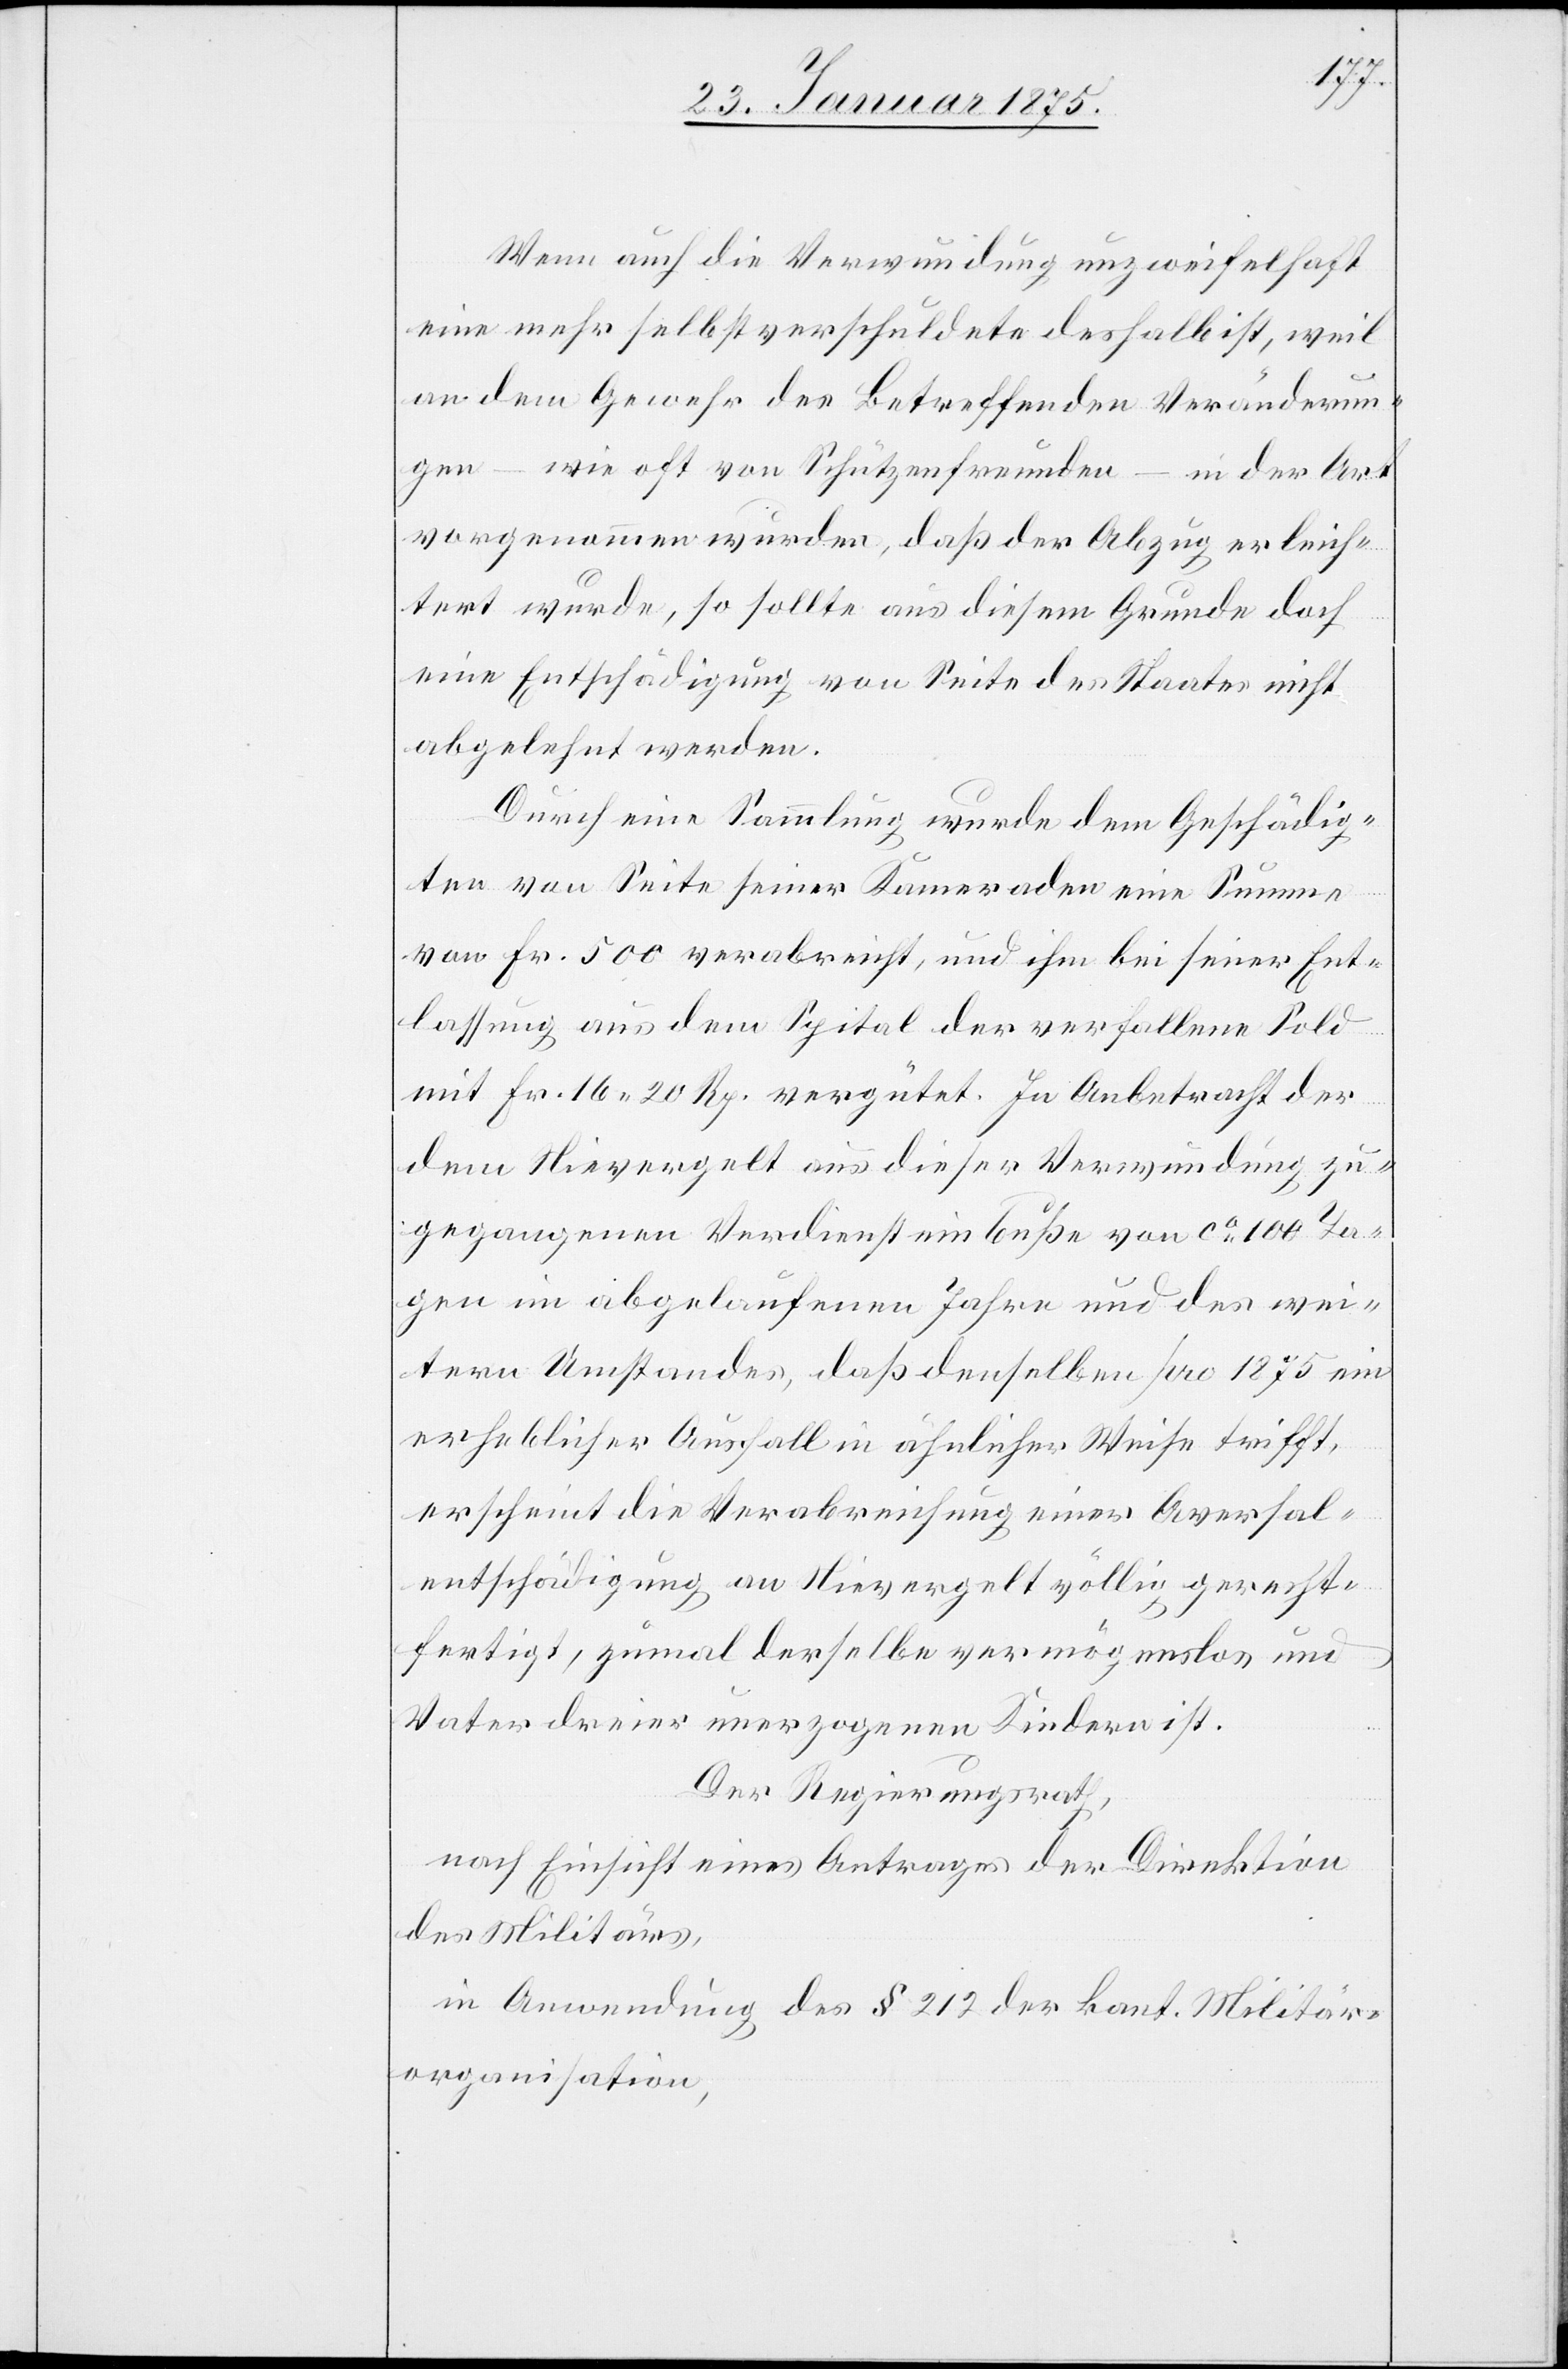
Wenn auch die Verwundung unzweifelhaft
eine mehr selbstverschuldete deshalb ist, weil
an dem Gewehr des Betreffenden Veränderun¬
gen – wie oft von Schützenfreunden – in der Art
vorgenommen wurden, daß der Abzug erleich¬
tert wurde, so sollte aus diesem Grunde doch
eine Entschädigung von Seite des Staates nicht
abgelehnt werden.
Durch eine Sammlung wurde dem Geschädig¬
ten von Seite seiner Kameraden eine Summe
von Fr. 500 verabreicht, und ihm bei seiner Ent¬
lassung aus dem Spital der verfallene Sold
mit Fr. 16. 20 Rp. vergütet. In Anbetracht der
dem Nievergelt aus dieser Verwundung zu¬
gegangenen Verdiensteinbuße von ca 100 Ta¬
gen im abgelaufenen Jahre und des wei¬
tern Umstandes, daß denselben pro 1875 ein
erheblicher Ausfall in ähnlicher Weise trifft,
erscheint die Verabreichung einer Aversal¬
entschädigung an Nievergelt völlig gerecht¬
fertigt, zumal derselbe vermögenslos und
Vater dreier unerzogenen Kindern ist.
Der Regierungsrath,
nach Einsicht eines Antrages der Direktion
des Militärs,
in Anwendung des § 212 der kant. Militär¬
organisation,